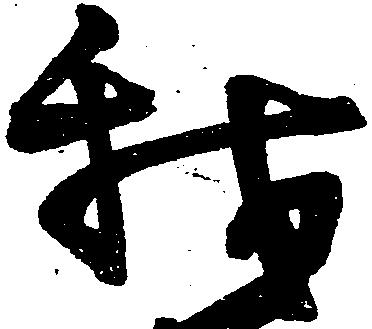
我